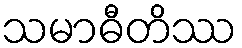
သမာဓီတိဿ